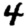
Digit: 4